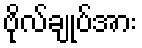
ဗိုလ်ချုပ်အား